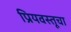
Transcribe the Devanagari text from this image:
प्रियवस्तूचा